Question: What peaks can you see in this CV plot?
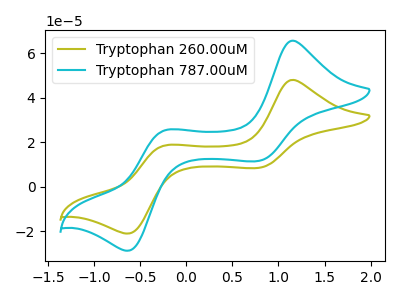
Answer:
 <answer>The olive curve "Tryptophan 260.00uM" has anodic peaks at (1.15V, 47.95uA) (-0.25V, 18.55uA) and cathodic peaks at (0.80V, 8.45uA) (-0.65V, -21.05uA). The cyan curve "Tryptophan 787.00uM" has anodic peaks at (1.15V, 65.55uA) (-0.25V, 25.35uA) and cathodic peaks at (0.80V, 11.60uA) (-0.65V, -28.75uA).</answer>
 <eval></eval>